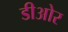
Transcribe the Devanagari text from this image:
डीओर